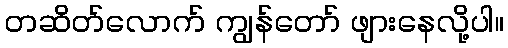
တဆိတ်လောက် ကျွန်တော် ဖျားနေလို့ပါ။